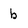
Character: b